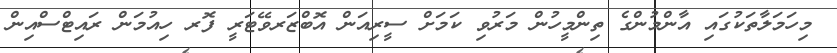
މިހަމަލާތަކުގައި އާންމުންގެ ތިންމީހުން މަރުވި ކަމަށް ސީރިއަން އޮބްޒަރވޭޓަރީ ފޮރ ހިއުމަން ރައިޓްސްއިން